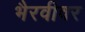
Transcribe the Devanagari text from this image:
भैरवीवर